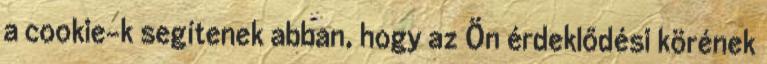
a cookie-k segítenek abban, hogy az Ön érdeklődési körének